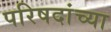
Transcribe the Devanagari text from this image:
परिषदांच्या